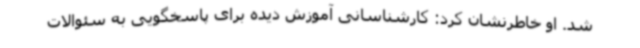
شد. او خاطرنشان کرد: کارشناسانی آموزش دیده برای پاسخگویی به سئوالات